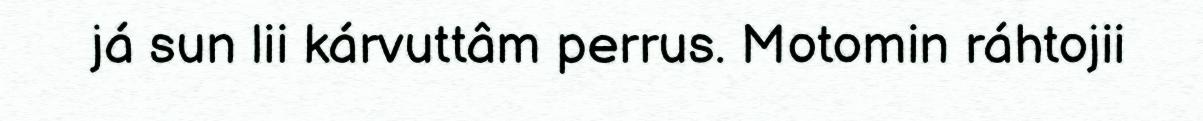
já sun lii kárvuttâm perrus. Motomin ráhtojii